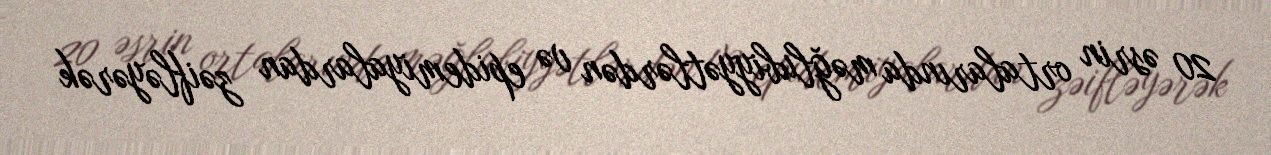
20 əsrin ortalarında məğlubiyyətlərdən və epidemiyalardan zəifləyərək